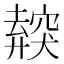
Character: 𥨜